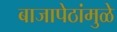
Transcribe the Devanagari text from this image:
बाजापेठांमुळे